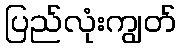
ပြည်လုံးကျွတ်